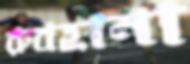
রুবহানা